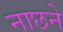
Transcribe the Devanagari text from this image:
नाछने